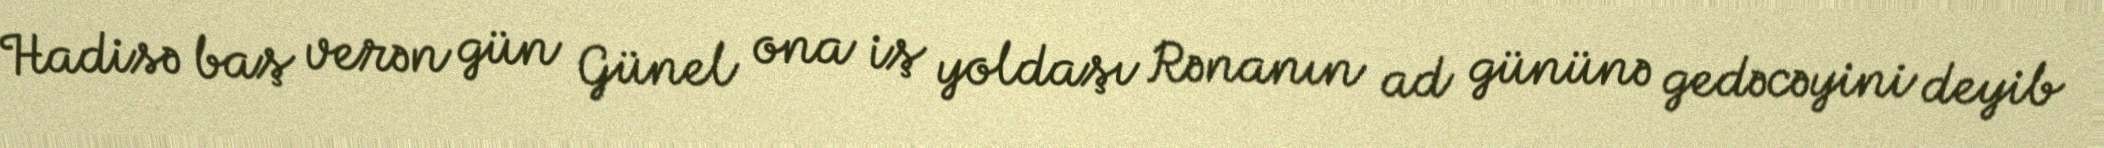
Hadisə baş verən gün Günel ona iş yoldaşı Rənanın ad gününə gedəcəyini deyib